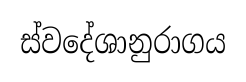
ස්වදේශානුරාගය